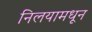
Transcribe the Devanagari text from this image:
निलयामधून